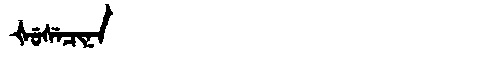
Manchu: ᡧᡠᠰᡝᠴᡳᠨᠠ
Romanization: ŠUSECINA